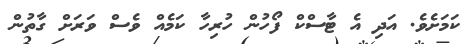
ކަމަށެވެ. އަދި އެ ޓާސްކް ފޯހުން ހުރިހާ ކަމެއް ވެސް ވަރަށް ގާތުން